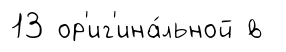
13 ор'иг'ина́льной в